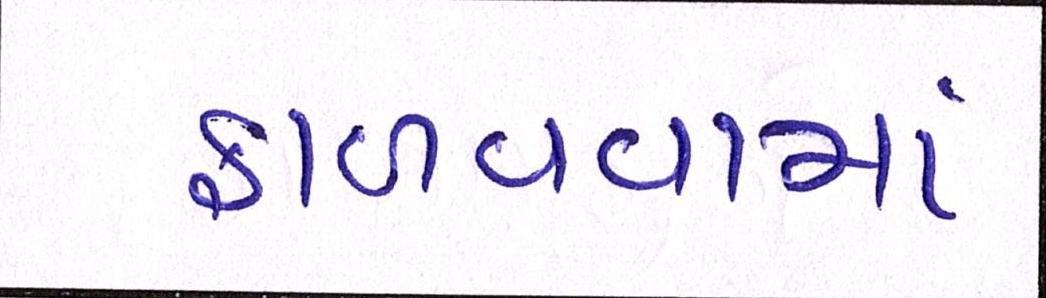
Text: ફાળવવામાં